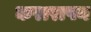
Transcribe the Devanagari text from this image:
करारापन